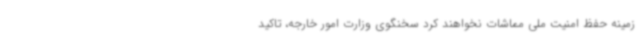
زمینه حفظ امنیت ملی مماشات نخواهند کرد سخنگوی وزارت امور خارجه، تاکید